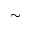
\sim